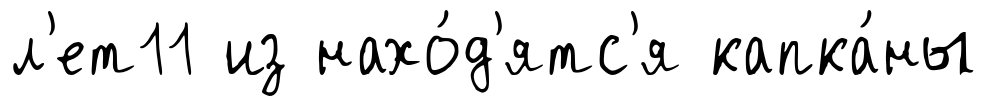
л'ет11 из нахо́д'ятс'я капка́ны